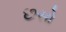
છસો